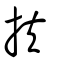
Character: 扶